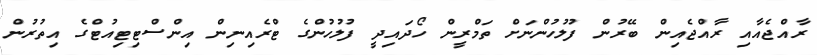
ރާއްޖެއާއި ރާއްޖެއިން ބޭރުން ފުލުހުންނަށް ތަމްރީން ހޯދައިދީ ފުލުހުންގެ ޓްރެއިނިން އިންސްޓިޓިއުޓްގެ އިތުރުން